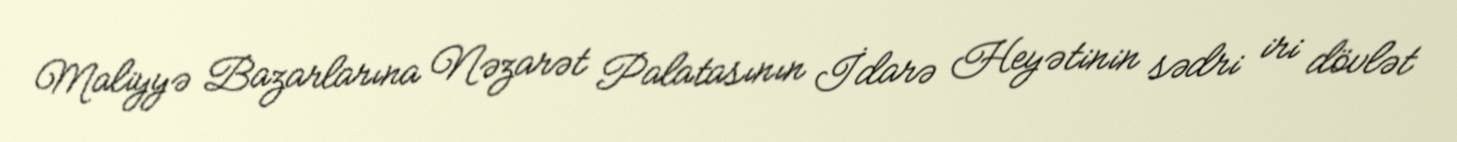
Maliyyə Bazarlarına Nəzarət Palatasının İdarə Heyətinin sədri iri dövlət